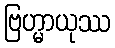
ဗြဟ္မာယုဿ